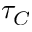
\tau _ { C }